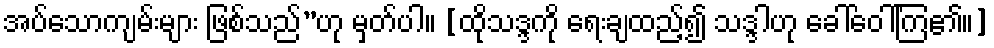
အပ်သောကျမ်းများ ဖြစ်သည်”ဟု မှတ်ပါ။ [ထိုသဒ္ဒကို ရေးချထည့်၍ သဒ္ဒါဟု ခေါ်ဝေါ်ကြ၏။]